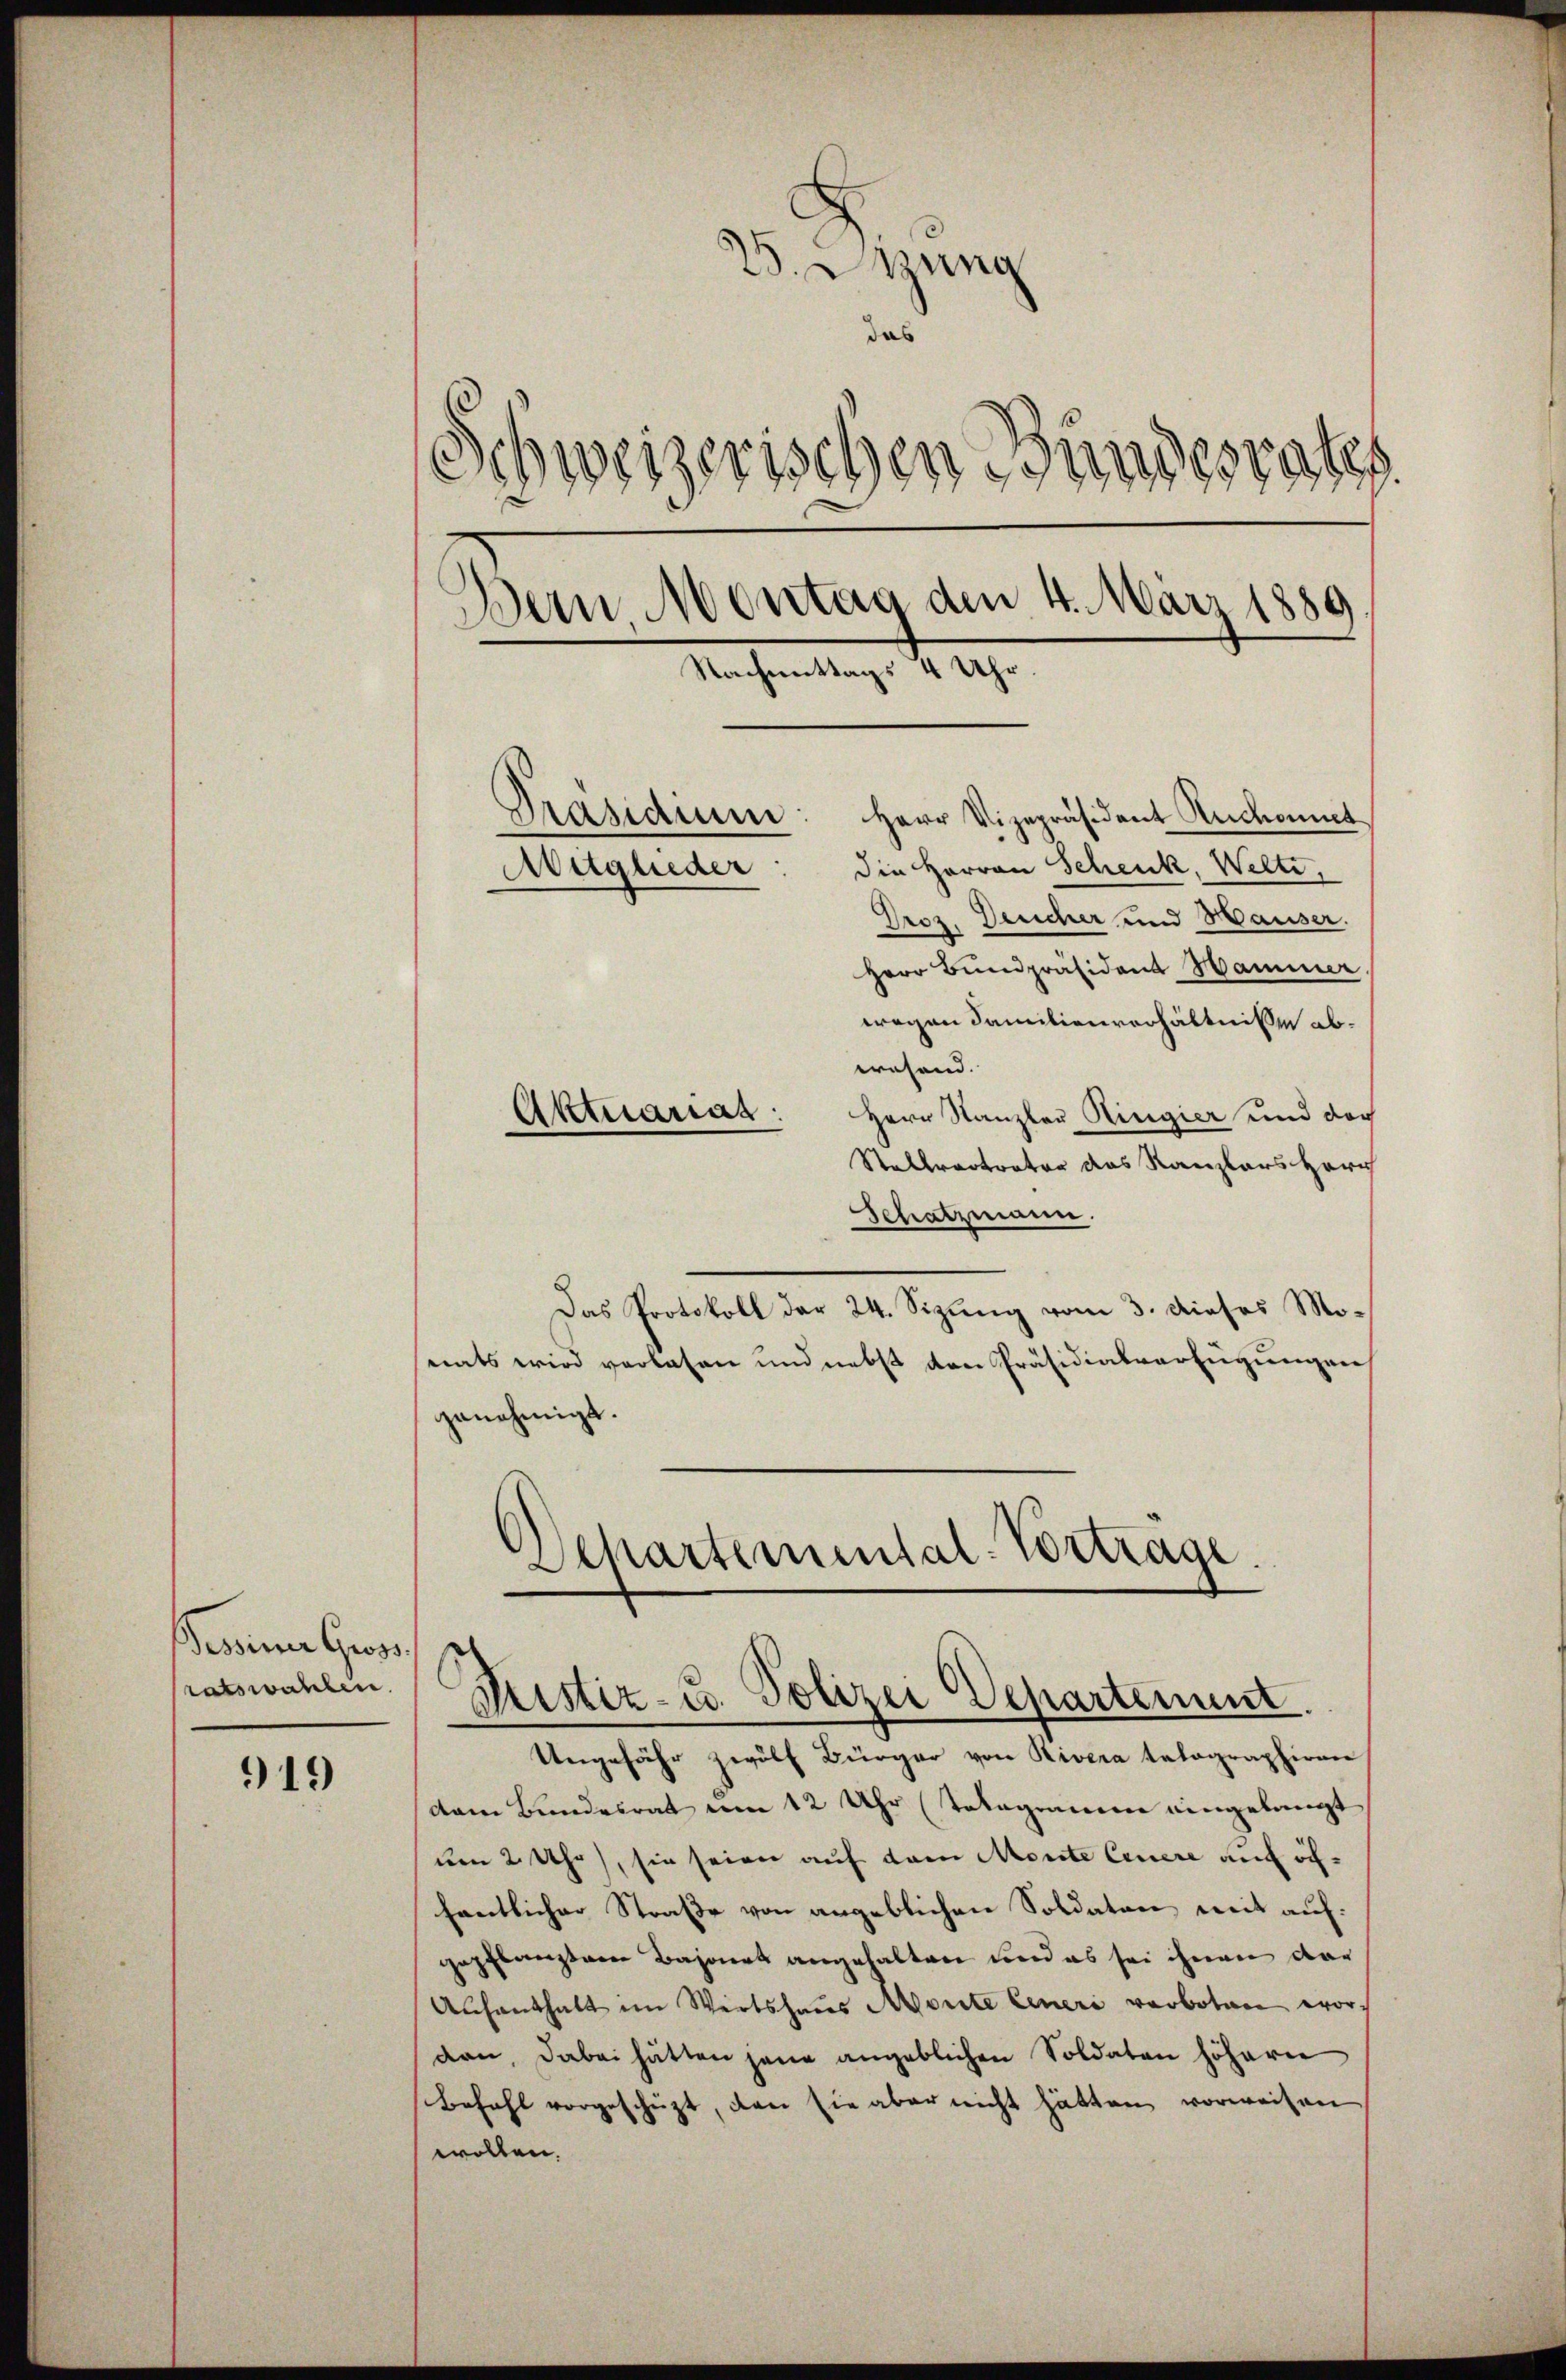
Pessiner Gross
ratswahlen.

919

25. Deung
ind
Schweizerischen Bundesraths
Bern Montag den 4. März 1889
Nachmittags 4 Uhr.
Präsidium: Herr Vizepräsident Anckonnt
die Herren Schenk, Welti,
Auqueder
Droz. Deucher und Hauser.

Herr Bŭndpräsident Hammer
wegen Familienverhältnisse abwesend.
Aktuarias: Herr Kanzler Ringier und der
Stellvertrator das Kanzlers Herr
Schatzmann.
Das Protokoll der 24. Sizung vom 3. dieses Monats wird verlasen und nebst den Präsidialverfügungen
genehmigt.
Departemental-Vortrage.

Pristiz- u. Polizei Departement.

Ungefähr zwölf Bürger von Rivera telographiren
dam Bundesrat um 12 Uhr Telegramm eingelangt
um 2 Uhr, sie seien auf dem Monte Cenere auf öffentlicher Straße von angeblichen Soldaten mit auf:
gepflanzten Bajonet angehalten und es sei ihnen dar
Aufenthalt im Wirtshaus Morite Eineri verboten worden, dabei hätten jene angeblichen Soldaten höhern
Befahl vorgeschüzt, den sie aber nicht hätten vorweisen
wollen.